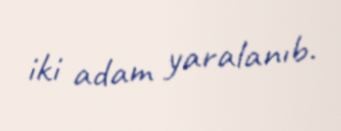
iki adam yaralanıb.